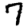
Digit: 7